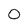
Character: 0